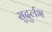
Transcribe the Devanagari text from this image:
सुदुर्लभ